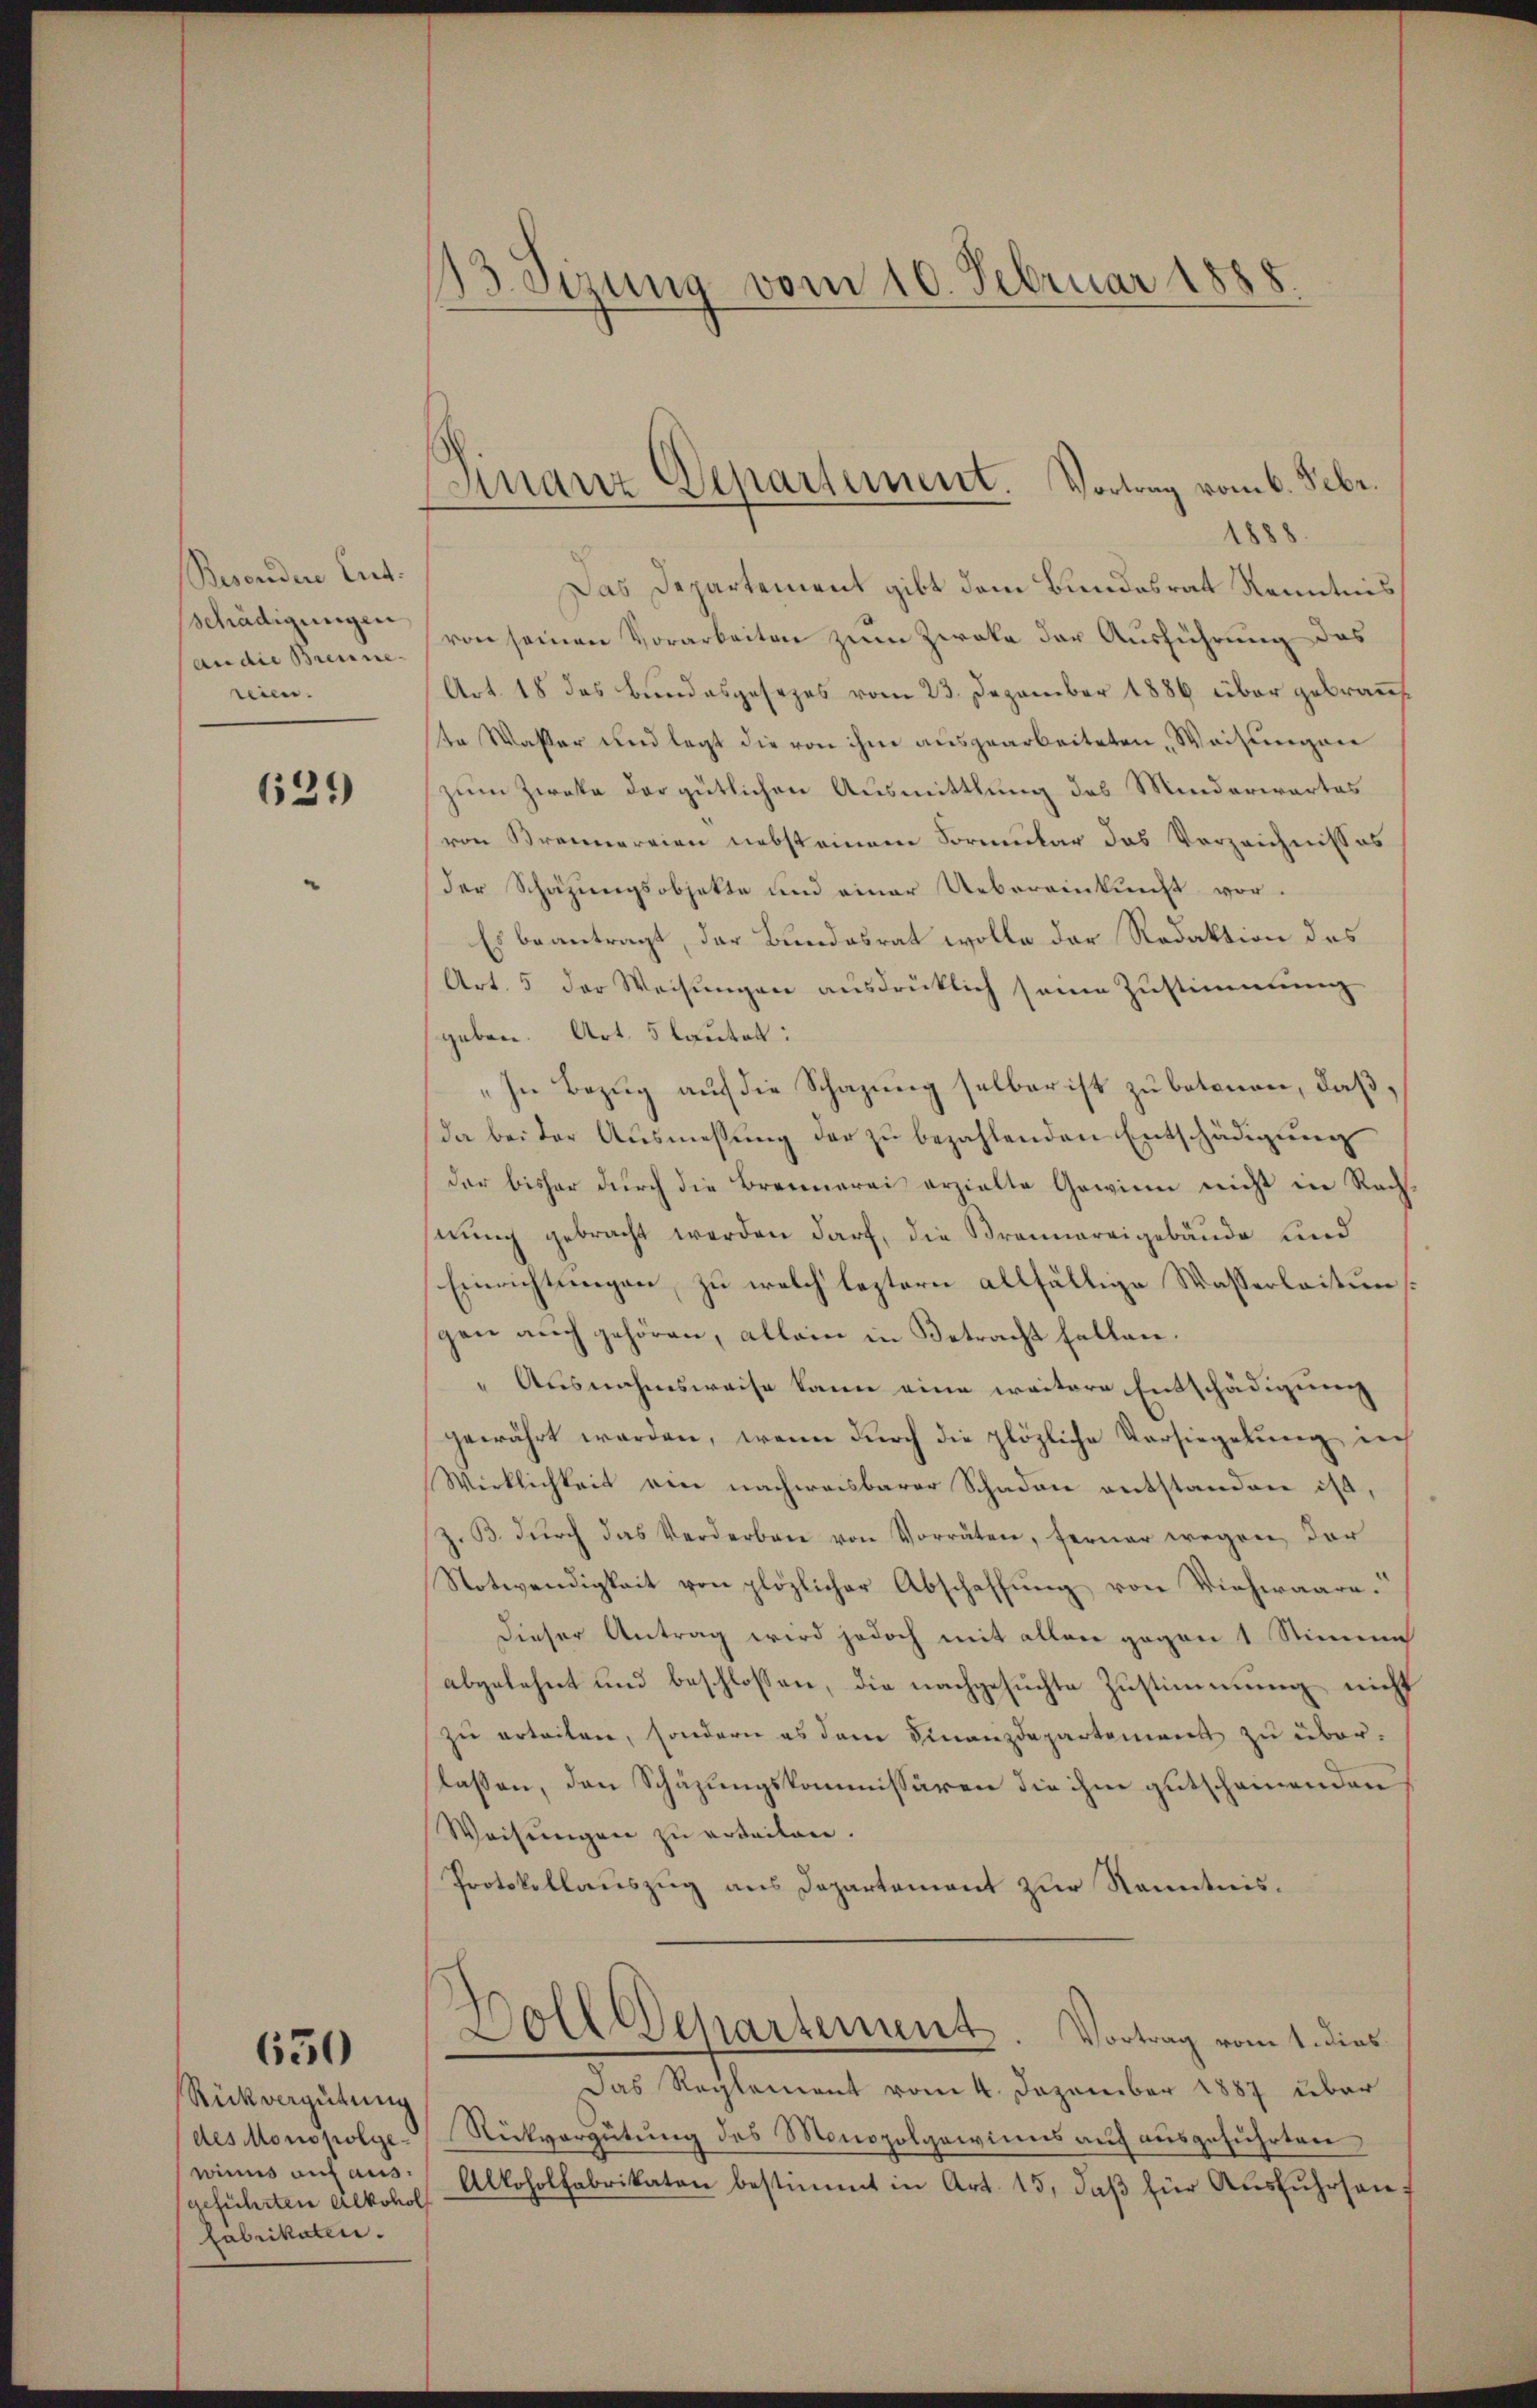
Besenden Ent-
schädigungen
(an die Brenne
reien.

621)

650

Rückvergütung
des Monopolge-
winns auf ausgeführten Alkohol
Fabrikaten.

13. drung vom 10. Februar 1888.

Finanz Departement. Vortrag vom 6. Febr.

1888.
Das Departement gibt dem Bundesrat Kenntnis
von seinen Vorarbeiten zum Zweke der Ausführung des
Art. 18 das Bundesgesezes vom 23. Dezember 1886 über gebrau
te Wasser und legt die von ihm ausgearbeiteten Weisungen
zum Zwecke der gütlichen Ausmittlung des Minderwartes
von Brennereien nebsteinem Formular das Verzeichnisses
der Schazungsobjekte und einer Uebereinkunft vor.
Es beantragt, der Bundesrat wolle der Redaktion des
Art. 5 der Weisungen ausdrücklich seine Zustimmung
geben. Art. 5 lautet:
„In Bezug auf die Schazung selber ist zu betonen, daß,
da bei der Ausmessung der zu bezahlenden Entschädigung
der bisher durch die Brennerei erzielte Gewinn nicht in Rechnŭng gebracht werden darf, die Brannareigebäude und
Einrichtungen, zu welch leztern allfällige Wasserleitungen auch gehören, allein in Betracht fallen.
" Ausnahmsweise kann eine weitere Entschädigung
gewährt werden, wenn durch die plözliche Vorsiegelung in
Wirklichkeit ein nachweisbarer Schaden entstandere ist,
j. B. dŭrch das Vorderben von Vorräten, ferner wegen der
Notwendigkeit von plözlicher Abschaffung von Viehwaare.“
dieser Antrag wird jedoch mit aller gegen 1 Stimme
abgelehnt und beschlossen, die nachgesuchte Zustimmung nicht
zu erteilen, sondern es dem Finanzdepartement zu über-
lassen, den Schazungskommissären die ihm gutscheinenden
Weisungen zu erteilen.
Protokollauszug aus Departement zur Kenntnis¬
Dolldepartement. Vortrag vom 1. dies
Das Reglement vom 4. Dezember 1887 über
Rückvergütung des Monopolgewinns auf ausgeführten
Alkoholfabrikaten bestimmt in Art. 15, daβ für Aŭsfŭhrsauf